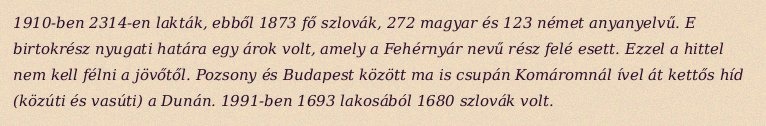
1910-ben 2314-en lakták, ebből 1873 fő szlovák, 272 magyar és 123 német anyanyelvű. E birtokrész nyugati határa egy árok volt, amely a Fehérnyár nevű rész felé esett. Ezzel a hittel nem kell félni a jövőtől. Pozsony és Budapest között ma is csupán Komáromnál ível át kettős híd (közúti és vasúti) a Dunán. 1991-ben 1693 lakosából 1680 szlovák volt.